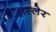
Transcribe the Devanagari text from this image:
नस्लेर